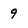
Character: 9